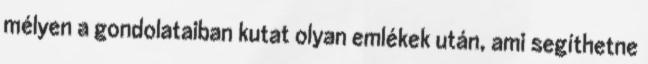
mélyen a gondolataiban kutat olyan emlékek után, ami segíthetne